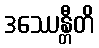
ဒဿေန္တီတိ